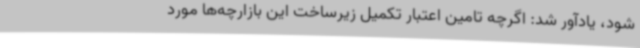
شود، یادآور شد: اگرچه تامین اعتبار تکمیل زیرساخت این بازارچه‌ها مورد